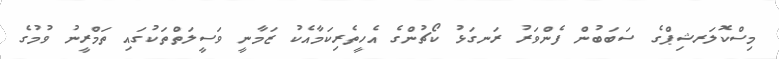
މިސްކޮލަރޝިޕްގެ ސަބަބުން ފެންވަރު ރަނގަޅު ކޯޗުންގެ އެހީތެރިކަމާއެކު ޒަމާނީ ވަސީލަތްތަކުގައި ތަމްރީނު ވުމުގެ